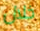
خلال